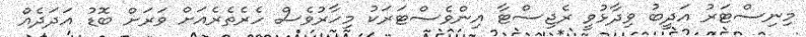
މިނިސްޓަރު އަދީބު ވިދާޅުވީ ރެޖިސްޓާ އިންވެސްޓަރަކު މިހާރުވެސް ހެރެތެރެއަށް ވަރަށް ބޮޑު އަދަދެއް